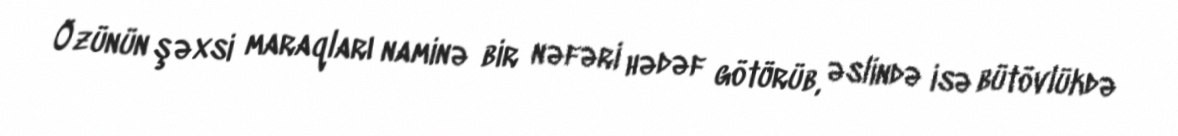
Özünün şəxsi maraqları naminə bir nəfəri hədəf götürüb, əslində isə bütövlükdə